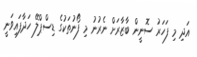
އަދި މި ފަހަރު ސޮނީން ބާޒާރަށް ނެރުނު މި ފޯނުތަކުގެ ޑިސްޕްލޭ ހަދާފައިވަނީ